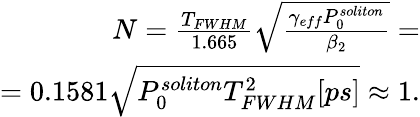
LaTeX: \begin{array}{r}{N=\frac{T_{FWHM}}{1.665}\sqrt{\frac{\gamma_{eff}P_{0}^{soliton}}{\beta_{2}}}=}\\ {=0.1581\sqrt{P_{0}^{soliton}T_{FWHM}^{2}[ps]}\approx 1.}\end{array}